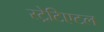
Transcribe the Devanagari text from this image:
स्ट्रेटिएटल